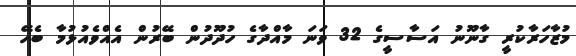
މުޒާހަރާކުރީ ގާނޫނު އަސާސީގެ 32 ވަނަ މާއްދާގެ ހުދޫދުން ބޭރުން އެއްވެއުޅުމާ ބެހޭ